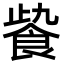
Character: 𩚻